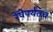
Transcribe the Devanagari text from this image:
रेषेपर्यंतच